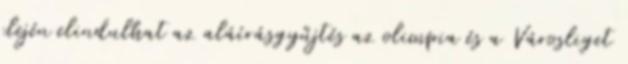
elején elindulhat az aláírásgyűjtés az olimpia és a Városliget